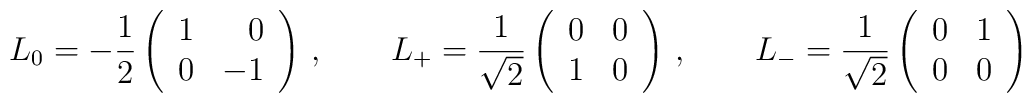
L_0 = -\frac{1}{2}\left(  \begin{array}{rr}    1 & 0 \\    0 & -1  \end{array}  \right)\,, \qquad   L_+ = \frac{1}{\sqrt{2}}\left(  \begin{array}{rr}    0 & 0 \\    1 & 0  \end{array}  \right)\,, \qquad  L_- = \frac{1}{\sqrt{2}}\left(  \begin{array}{rr}    0 & 1 \\    0 & 0  \end{array}  \right)